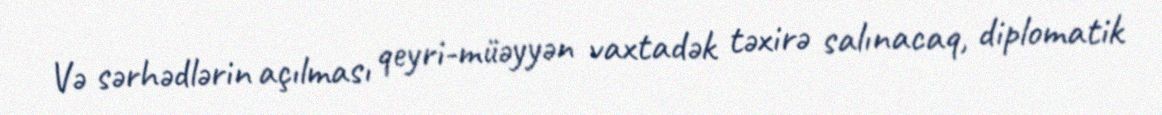
Və sərhədlərin açılması qeyri-müəyyən vaxtadək təxirə salınacaq, diplomatik